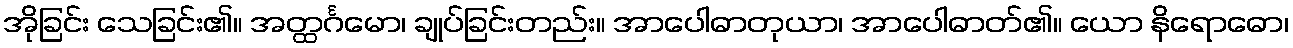
အိုခြင်း သေခြင်း၏။ အတ္ထင်္ဂမော၊ ချုပ်ခြင်းတည်း။ အာပေါဓာတုယာ၊ အာပေါဓာတ်၏။ ယော နိရောဓော၊